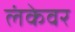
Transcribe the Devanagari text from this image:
लंकेवर